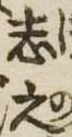
志之